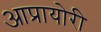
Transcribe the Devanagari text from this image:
आप्रायोरी